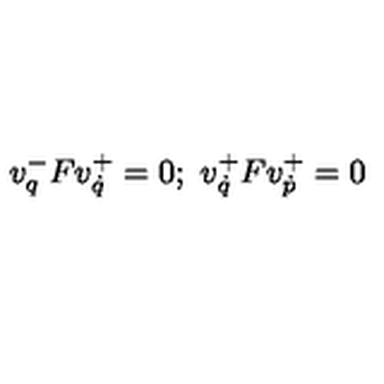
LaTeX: v _ { q } ^ { - } F v _ { \dot { q } } ^ { + } = 0 ; \ v _ { \dot { q } } ^ { + } F v _ { \dot { p } } ^ { + } = 0